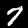
Digit: 7